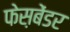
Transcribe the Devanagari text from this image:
फेस़बेंडर